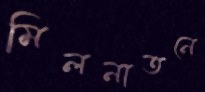
মিলনাতনে